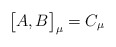
\begin{align*}\bigl\lbrack A , B \bigr\rbrack _\mu = C _\mu\end{align*}